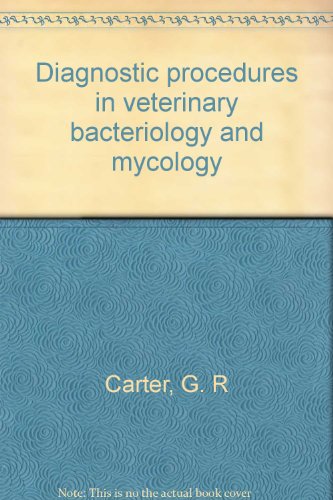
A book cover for Diagnostic procedures in veterinary bacteriology and mycology; G. R Carter; Medical Books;